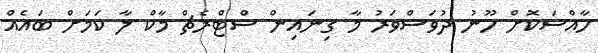
ހާއްސަކޮށް ހޫނު ދުވަސްވަރު މާ ގިނައިން ސްޓްރެޗް މާކް ލާ ކަމަށް ބައެއް